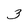
Character: 3